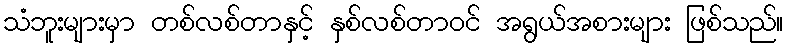
သံဘူးများမှာ တစ်လစ်တာနှင့် နှစ်လစ်တာဝင် အရွယ်အစားများ ဖြစ်သည်။